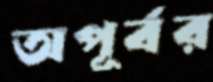
অপূর্বর